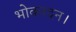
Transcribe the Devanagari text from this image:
भोकरदन।